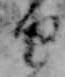
り